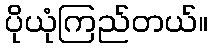
ပိုယုံကြည်တယ်။